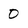
Character: 0